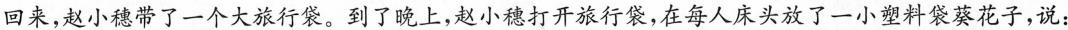
回来，赵小穗带了一个大旅行袋。到了晚上，赵小穗打开旅行袋，在每人床头放了一小塑料袋葵花子，说: